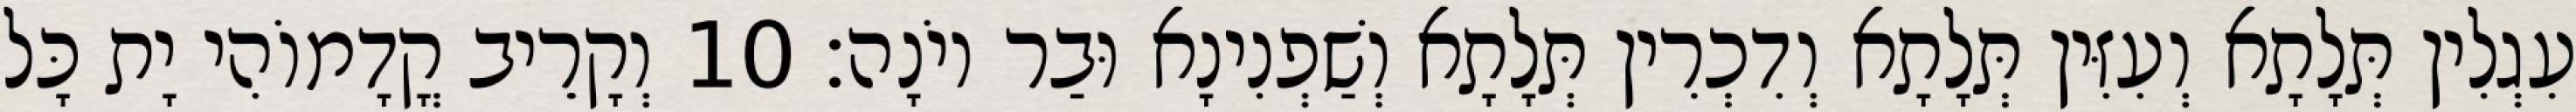
עִגְלִין תְּלָתָא וְעִזִּין תְּלָתָא וְדִכְרִין תְּלָתָא וְשַׁפְנִינָא וּבַר יוֹנָה׃ 10 וְקָרֵיב קֳדָמוֹהִי יָת כָּל